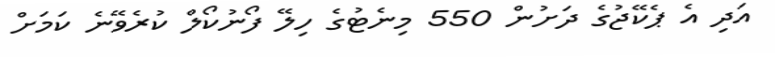
އަދި އެ ޕެކޭޖުގެ ދަށުން 550 މިނެޓުގެ ހިލޭ ފޯނުކޯލް ކުރެވޭނެ ކަމަށް